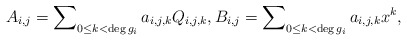
\begin{align*}A_{i,j}=\sum\nolimits_{0\le k<\deg g_i}a_{i,j,k}Q_{i,j,k},B_{i,j}=\sum\nolimits_{0\le k<\deg g_i}a_{i,j,k}x^k,\end{align*}